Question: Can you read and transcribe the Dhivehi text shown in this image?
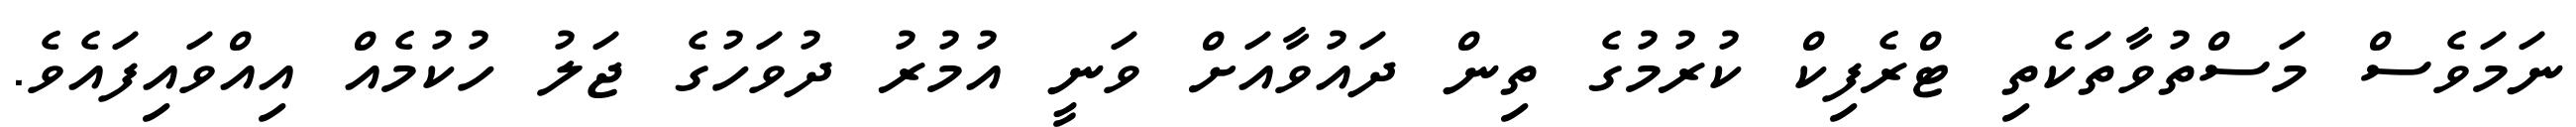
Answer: ނަމަވެސް މަސްތުވާތަކެތި ޓްރެފިކް ކުރުމުގެ ތިން ދައުވާއަށް ވަނީ އުމުރު ދުވަހުގެ ޖަލު ހުކުމެއް އިއްވައިފައެވެ.